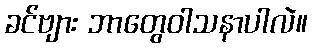
ခင်ဗျား ဘာတွေဝါသနာပါလဲ။